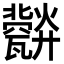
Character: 𤮪